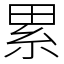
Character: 累